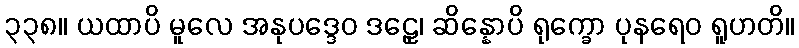
၃၃၈။ ယထာပိ မူလေ အနုပဒ္ဒေဝ ဒဠှေ၊ ဆိန္နောပိ ရုက္ခော ပုနရေဝ ရူဟတိ။